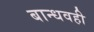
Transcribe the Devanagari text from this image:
बान्धवही